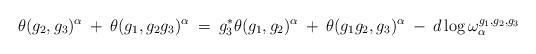
LaTeX: \begin{align*}\theta(g_2, g_3)^{\alpha} \: + \: \theta(g_1, g_2 g_3)^{\alpha} \: = \:g_3^* \theta(g_1, g_2)^{\alpha} \: + \:\theta(g_1 g_2, g_3)^{\alpha} \: - \: d \log \omega^{g_1, g_2, g_3}_{\alpha}\end{align*}